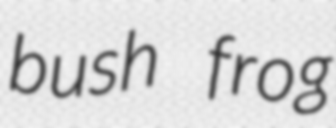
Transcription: bush frog